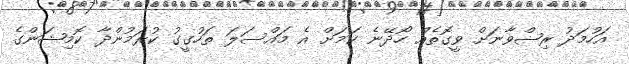
އަހުމަދު ރިޟްވާނަށް ވީގޮތެއް ހޯދޭނެ ކަމަށް އެ މައްސަލަ ތަހުގީގު ކުރަމުންދާ ކޮމިޝަންގެ